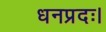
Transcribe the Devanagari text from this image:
धनप्रदः।